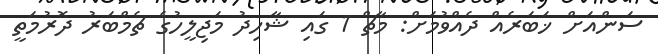
ސަންއަށް ޚަބަރެއް ދެއްވުމަށް: މާޗް 1 ގައި ޝާހިދު މަޖިލީހުގެ ޗެމްބަރު ދޮރުމަތީ